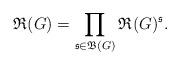
LaTeX: \begin{align*}\mathfrak{R}(G)=\prod_{\mathfrak{s\in\mathfrak{B}}(G)}\mathfrak{R}^{\mathfrak{}}(G)^{\mathfrak{s}}.\end{align*}